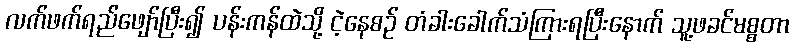
လက်ဖက်ရည်ဖျော်ပြီး၍ ပန်းကန်ထဲသို့ ငဲ့နေစဉ် တံခါးခေါက်သံကြားရပြီးနောက် သူ့ဖခင်မစ္စတာ